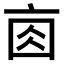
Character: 𠅓